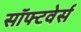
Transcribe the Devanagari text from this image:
सॉफ्टवेर्स